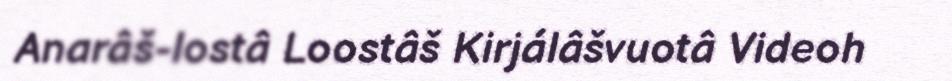
Anarâš-lostâ Loostâš Kirjálâšvuotâ Videoh